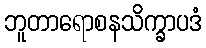
ဘူတာရောစနသိက္ခာပဒံ